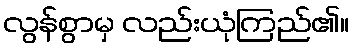
လွန်စွာမှ လည်းယုံကြည်၏။